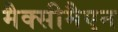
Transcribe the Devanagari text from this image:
मैक्सीमैएन